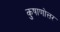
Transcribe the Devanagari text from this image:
कुषाणोत्तर